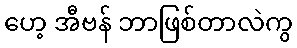
ဟေ့ အီဗန် ဘာဖြစ်တာလဲကွ